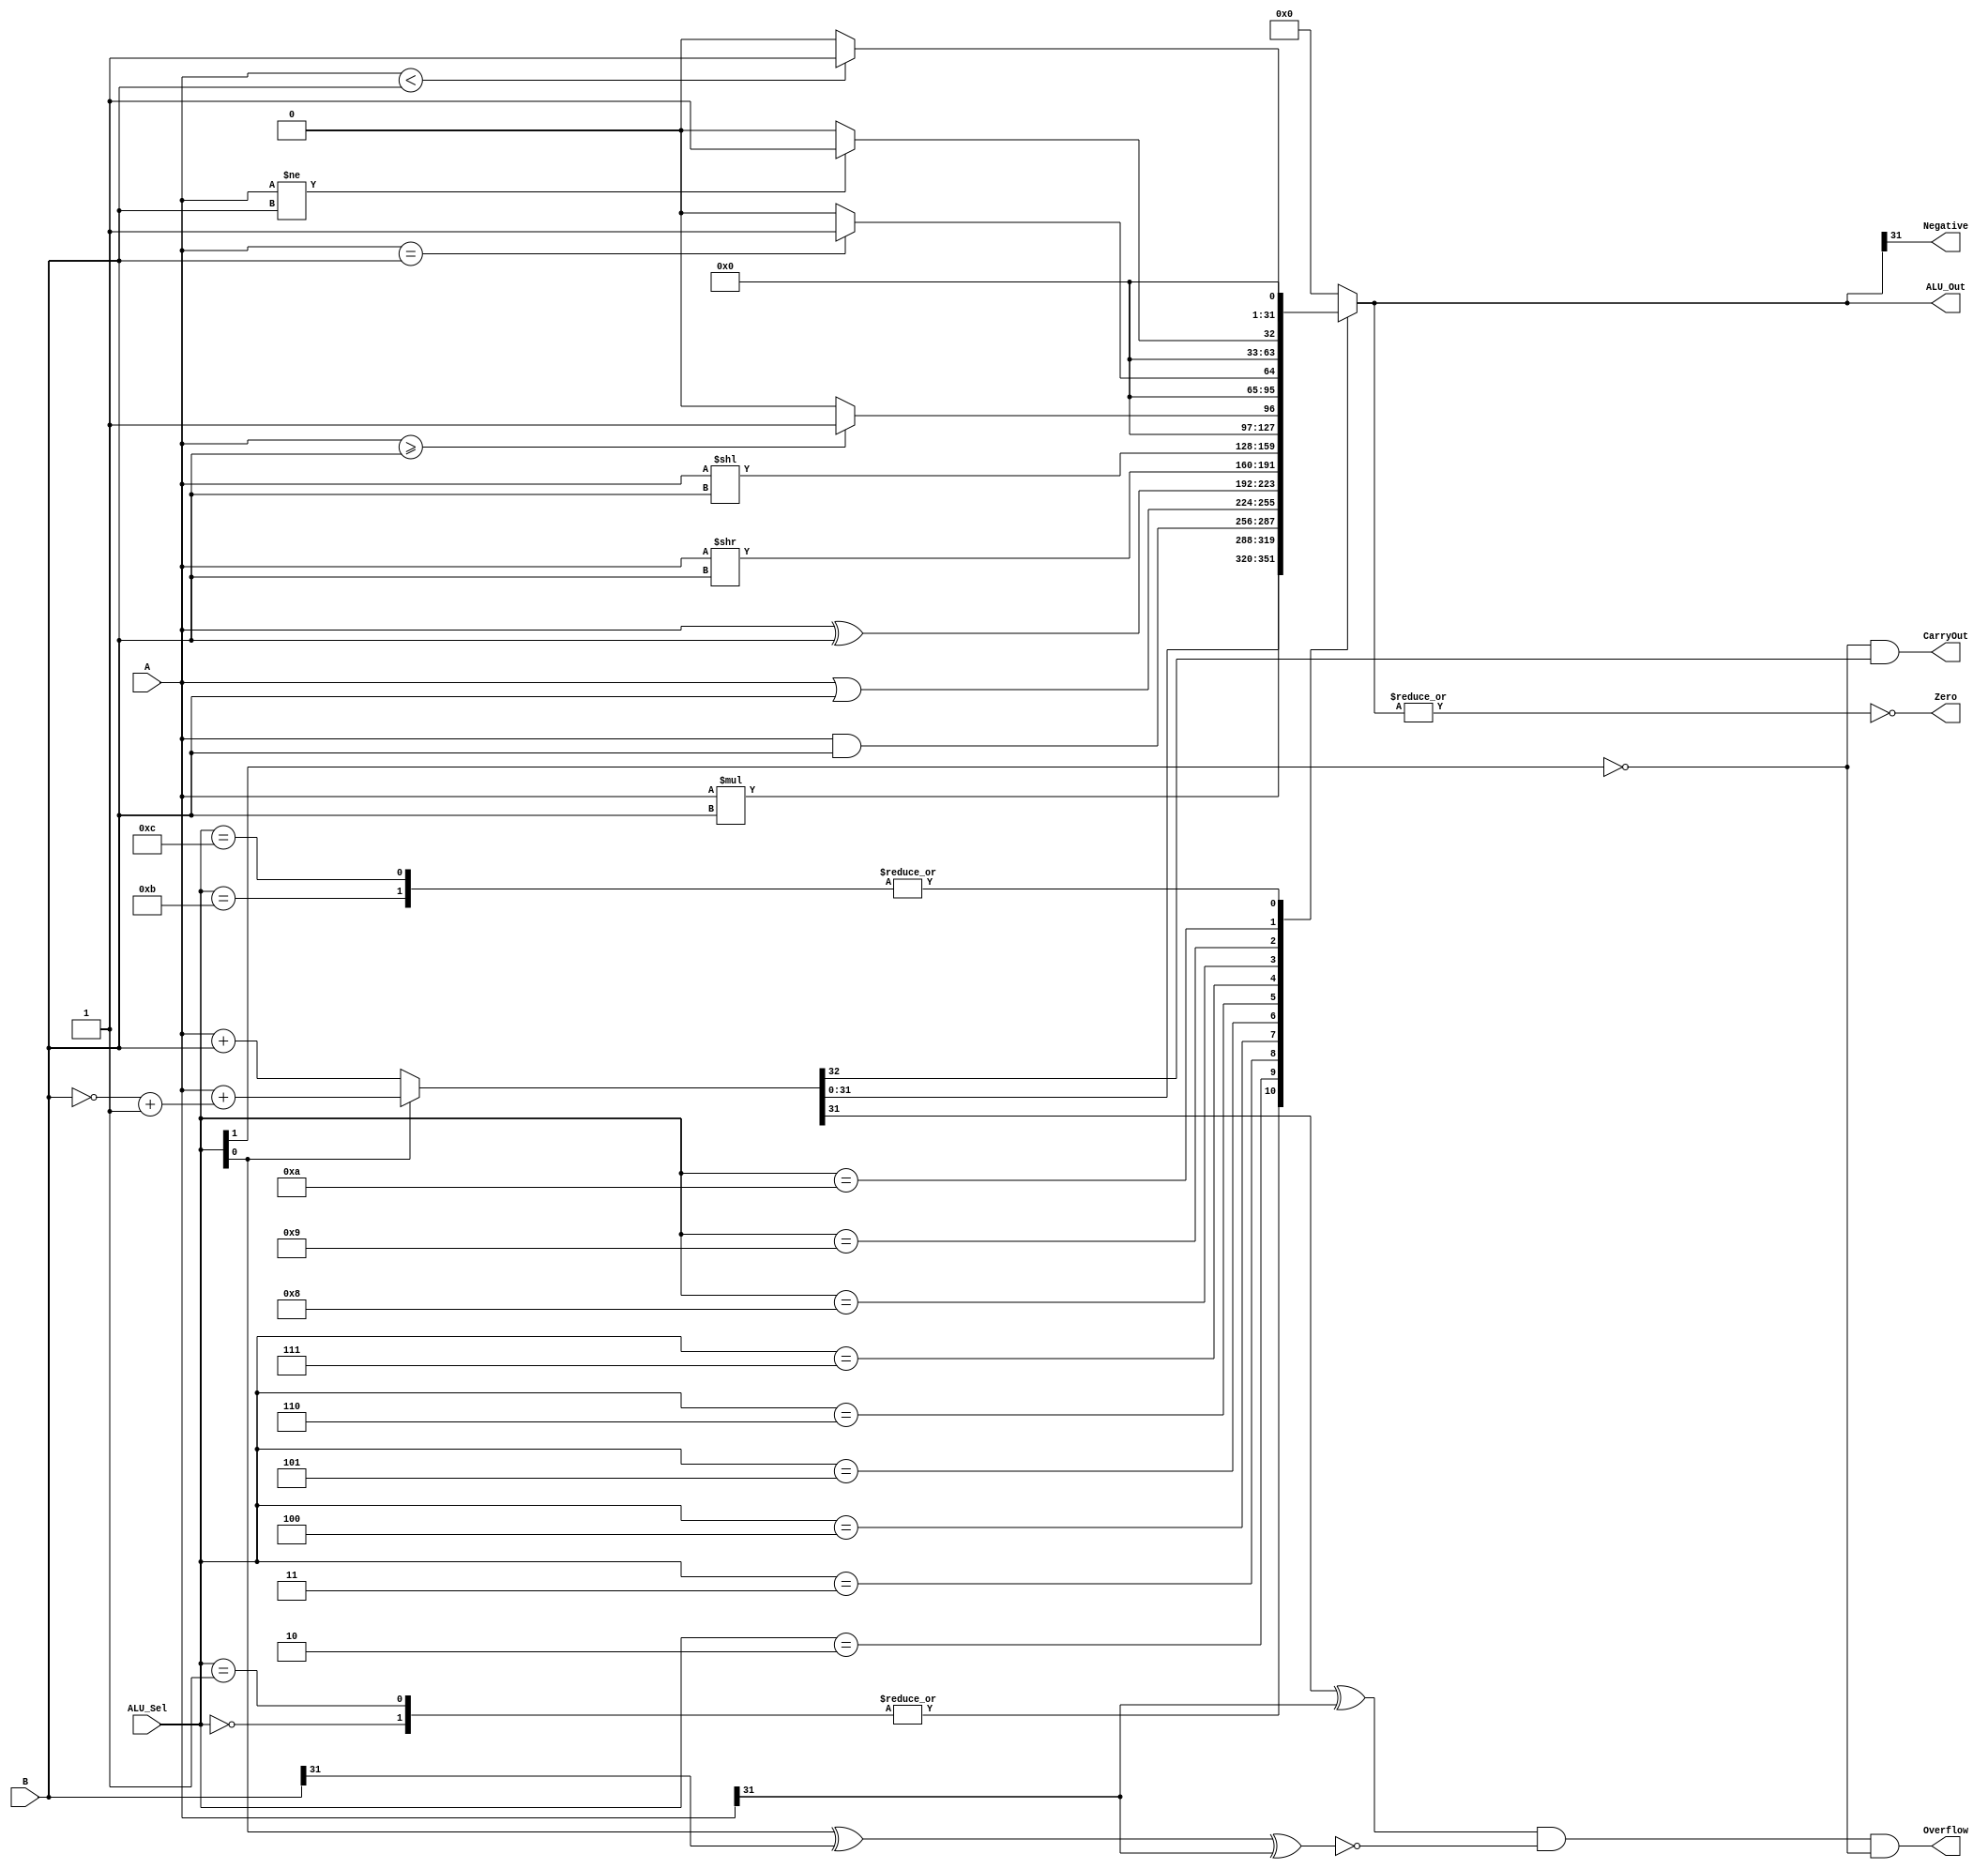
module ALU(
    input [31:0] A, B,       // ALU 32-bit Inputs                 
    input [5:0] ALU_Sel,     // ALU Selection
    
    output reg [31:0] ALU_Out,   // ALU 32-bit Output
    output reg CarryOut,         // Carry Out Flag
    output reg Zero,             // Zero Flag
    output reg Negative,         // Negative Flag
    output reg Overflow          // Overflow Flag
);
    reg Cout;
    wire [31:0]Sum;


    assign {Cout,Sum} = (ALU_Sel[0] == 1'b0) ? A + B : //ARITHMETIC ADITION
                               (A + ((~B)+1)) ; //ARITHMETIC SUBTRACTION using 2's compliment
    
    always @(*)
    begin
        case ( ALU_Sel )
            6'b000000: 
                ALU_Out <=  Sum ;                            //ARITHMETIC ADITION
            6'b000001: 
                ALU_Out <=  Sum ;                            //ARITHMETIC SUBTRACTION using 2's compliment
            6'b000010: 
                ALU_Out <=  A * B;                            //ARITHMETIC Multiplication
            6'b000011: 
                ALU_Out <= A & B ;                           // bitwise and  
            6'b000100: 
               ALU_Out <= A | B ;                           // bitwise or
            6'b00101: 
                ALU_Out <= A ^ B ;                           // bitwise XOR
            6'b000110:
                ALU_Out <= A >> B ;                          // Logical shift right B times
            6'b000111:
                ALU_Out <= A << B ;                          // Logical shift right B times
            6'b001000: 
                ALU_Out <= (A >= B) ? 32'd1 : 32'd0;          // Greater equal comparison
            6'b001001: 
                ALU_Out <= (A == B) ? 32'd1 : 32'd0;         // Equal comparison
            6'b001010: 
                ALU_Out <= (A != B) ? 32'd1 : 32'd0;         // Not Equal comparison
            6'b001011: 
                ALU_Out <= (A < B) ? 32'd1 : 32'd0;          // Less Then comparison
            6'b001100:
               ALU_Out  <= (A < B) ? 32'd1 : 32'd0; //slt, set less then
            6'b111111:
               ALU_Out <= {{33{1'b0}}} ;          //Ecall = Ebreak = end
            default: 
               ALU_Out <= {33{1'b0}};                //Nothing            
        
        endcase
        Overflow <= ((Sum[31] ^ A[31]) & (~(ALU_Sel[0] ^ B[31] ^ A[31])) & (~ALU_Sel[1]));
        
        CarryOut <= ((~ALU_Sel[1]) & Cout);
        Zero <= ~|ALU_Out;
        Negative <= ALU_Out[31];
     end                 


endmodule